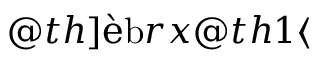
P _ { i j } \approx \frac { \sum _ { \ell = 1 } ^ { J } \sum _ { t } \mathbf { 1 } _ { B _ { i } } ( \isvec { x } _ { \ell } ( t ) ) \mathbf { 1 } _ { B _ { j } } ( \isvec { x } _ { \ell } ( t + T ) ) } { \sum _ { \ell = 1 } ^ { J } \sum _ { t } \mathbf { 1 } _ { B _ { i } } ( \isvec { x } _ { \ell } ( t ) ) } ,